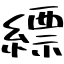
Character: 縹